Source: Handwritten
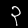
Digit: ၃ (3)